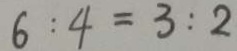
6 : 4 = 3 : 2